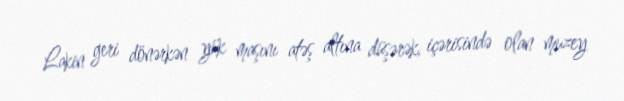
Lakin geri dönərkən yük maşını atəş altına düşərək, içərisində olan muzey